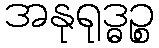
အနုရုဒ္ဓဉ္စ